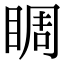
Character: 睭